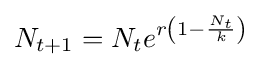
N_{t+1}=N_{t}e^{r\left(1-{\frac {N_{t}}{k}}\right)}